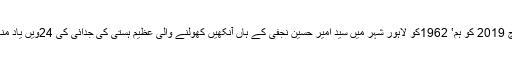
آج 7مارچ 2019 کو ہم‛ 1962کو لاہور شہر میں سید امیر حسین نجفی کے ہاں آنکھیں کھولنے والی عظیم ہستی کی جدائی کی 24ویں یاد منارہے ہیں۔